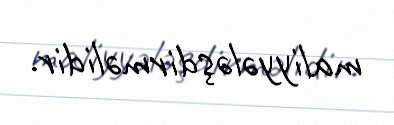
maliyyələşdirməlidir.